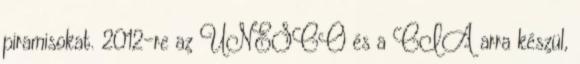
piramisokat. 2012-re az UNESCO és a CIA arra készül,